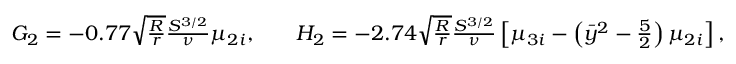
\begin{array} { r l r } { G _ { 2 } = - 0 . 7 7 \sqrt { \frac { R } { r } } \frac { S ^ { 3 / 2 } } { \nu } \mu _ { 2 i } , } & { { } } & { H _ { 2 } = - 2 . 7 4 \sqrt { \frac { R } { r } } \frac { S ^ { 3 / 2 } } { \nu } \left[ \mu _ { 3 i } - \left( \bar { y } ^ { 2 } - \frac { 5 } { 2 } \right) \mu _ { 2 i } \right] , } \end{array}